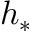
h _ { * }